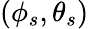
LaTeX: (\phi_{s},\theta_{s})